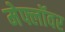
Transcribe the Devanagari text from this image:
मेफ्लॉवर